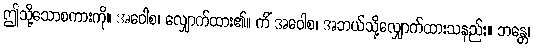
ဤသို့သောစကားကို။ အဝေါစ၊ လျှောက်ထား၏။ ကိံ အဝေါစ၊ အဘယ်သို့လျှောက်ထားသနည်း။ ဘန္တေ၊